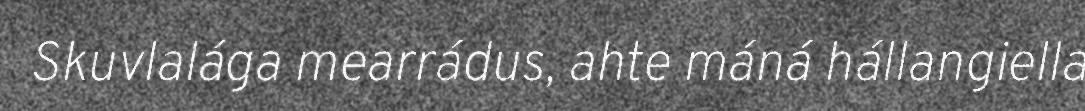
Skuvlalága mearrádus, ahte máná hállangiella